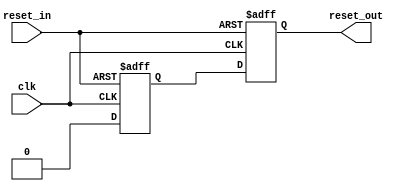
// -------------------------------------------------------------
// 
// 
// Generated by MATLAB 9.6 and HDL Coder 3.14
// 
// -------------------------------------------------------------


// -------------------------------------------------------------
// 
// Module: K_Means_ip_reset_sync
// Source Path: K_Means_ip/K_Means_ip_reset_sync
// Hierarchy Level: 1
// 
// -------------------------------------------------------------

`timescale 1 ns / 1 ns

module K_Means_ip_reset_sync
          (clk,
           reset_in,
           reset_out);


  input   clk;
  input   reset_in;  // ufix1
  output  reset_out;  // ufix1


  wire enb;
  wire const_0;  // ufix1
  wire const_1;  // ufix1
  reg  reset_pipe;  // ufix1
  reg  reset_out_1;  // ufix1


  assign const_0 = 1'b0;



  assign const_1 = 1'b1;



  assign enb = const_1;

  always @(posedge clk or posedge reset_in)
    begin : reg_reset_pipe_process
      if (reset_in == 1'b1) begin
        reset_pipe <= 1'b1;
      end
      else begin
        if (enb) begin
          reset_pipe <= const_0;
        end
      end
    end



  always @(posedge clk or posedge reset_in)
    begin : reg_reset_delay_process
      if (reset_in == 1'b1) begin
        reset_out_1 <= 1'b1;
      end
      else begin
        if (enb) begin
          reset_out_1 <= reset_pipe;
        end
      end
    end



  assign reset_out = reset_out_1;

endmodule  // K_Means_ip_reset_sync